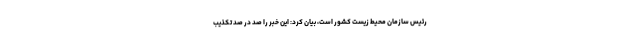
رئیس سازمان محیط زیست کشور است، بیان کرد: این خبر را صد در صد تکذیب